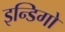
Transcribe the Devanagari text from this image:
इन्डिगो